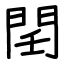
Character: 𨳝